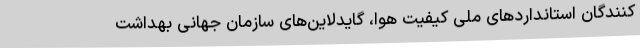
کنندگان استانداردهای ملی کیفیت هوا، گایدلاین‌های سازمان جهانی بهداشت